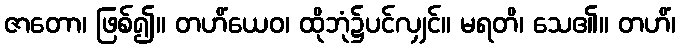
ဇာတော၊ ဖြစ်၍။ တဟိံယေဝ၊ ထိုဘုံ၌ပင်လျှင်။ မရတိ၊ သေ၏။ တဟိံ၊